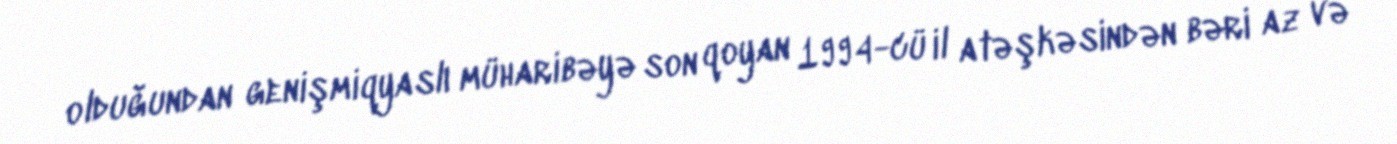
olduğundan genişmiqyaslı müharibəyə son qoyan 1994-cü il atəşkəsindən bəri az və